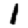
Digit: 1